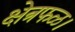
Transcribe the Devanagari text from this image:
क्षेत्रफळ।